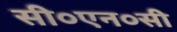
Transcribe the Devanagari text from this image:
सी०एन०सी